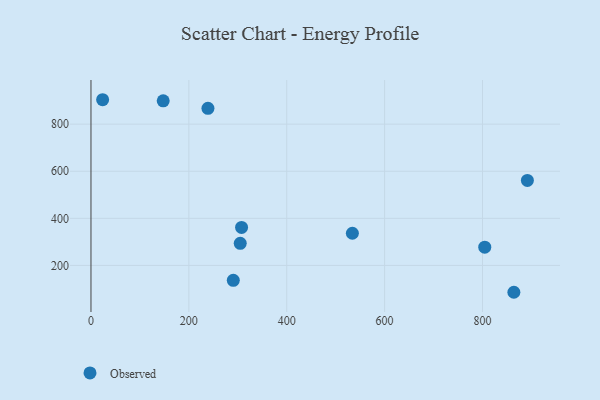
{"axis": {"x": "Ad Spend", "y": "Exam Score"}, "legend": ["Observed"], "data": [{"x": "534.1", "y": 336.6, "type": "Observed"}, {"x": "290.8", "y": 136.7, "type": "Observed"}, {"x": "239.0", "y": 867.3, "type": "Observed"}, {"x": "147.6", "y": 898.9, "type": "Observed"}, {"x": "891.7", "y": 561.1, "type": "Observed"}, {"x": "864.1", "y": 86.0, "type": "Observed"}, {"x": "307.7", "y": 361.5, "type": "Observed"}, {"x": "804.6", "y": 277.5, "type": "Observed"}, {"x": "23.8", "y": 903.7, "type": "Observed"}, {"x": "305.0", "y": 294.0, "type": "Observed"}]}